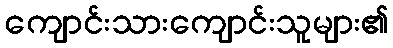
ကျောင်းသားကျောင်းသူများ၏